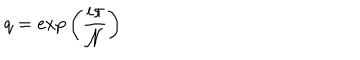
q = \mathrm { e x p } \left( \frac { i \pi } { { \cal N } } \right)